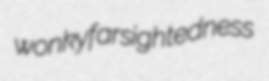
wonky farsightedness